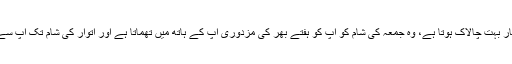
سرمایہ دار ملکوں کا صنعتکار بہت چالاک ہوتا ہے، وہ جمعہ کی شام کو آپ کو ہفتے بھر کی مزدوری آپ کے ہاتھ میں تھماتا ہے اور اتوار کی شام تک آپ سے سارے پیسے واپس لیتا ہے۔